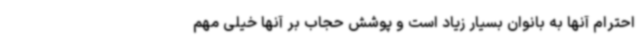
احترام آنها به بانوان بسیار زیاد است و پوشش حجاب بر آنها خیلی مهم